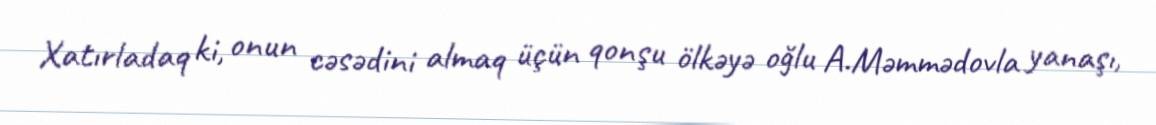
Xatırladaq ki, onun cəsədini almaq üçün qonşu ölkəyə oğlu A.Məmmədovla yanaşı,